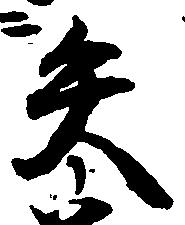
矢